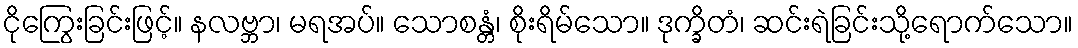
ငိုကြွေးခြင်းဖြင့်။ နလဗ္ဘာ၊ မရအပ်။ သောစန္တံ၊ စိုးရိမ်သော။ ဒုက္ခိတံ၊ ဆင်းရဲခြင်းသို့ရောက်သော။